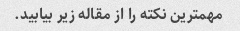
مهمترین نکته را از مقاله زیر بیابید.